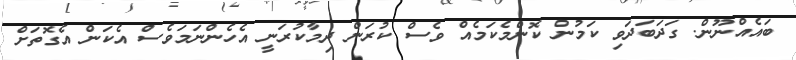
ބައެއްނޫން. ގަދަބަދަވި ކަމުން ކޮންމެކަމެއް ވެސް ކުރަން ދިމާކުރަނީ އެހެންނަމަވެސް އެކަން އެގޮތަށް